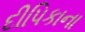
દીપિકાના